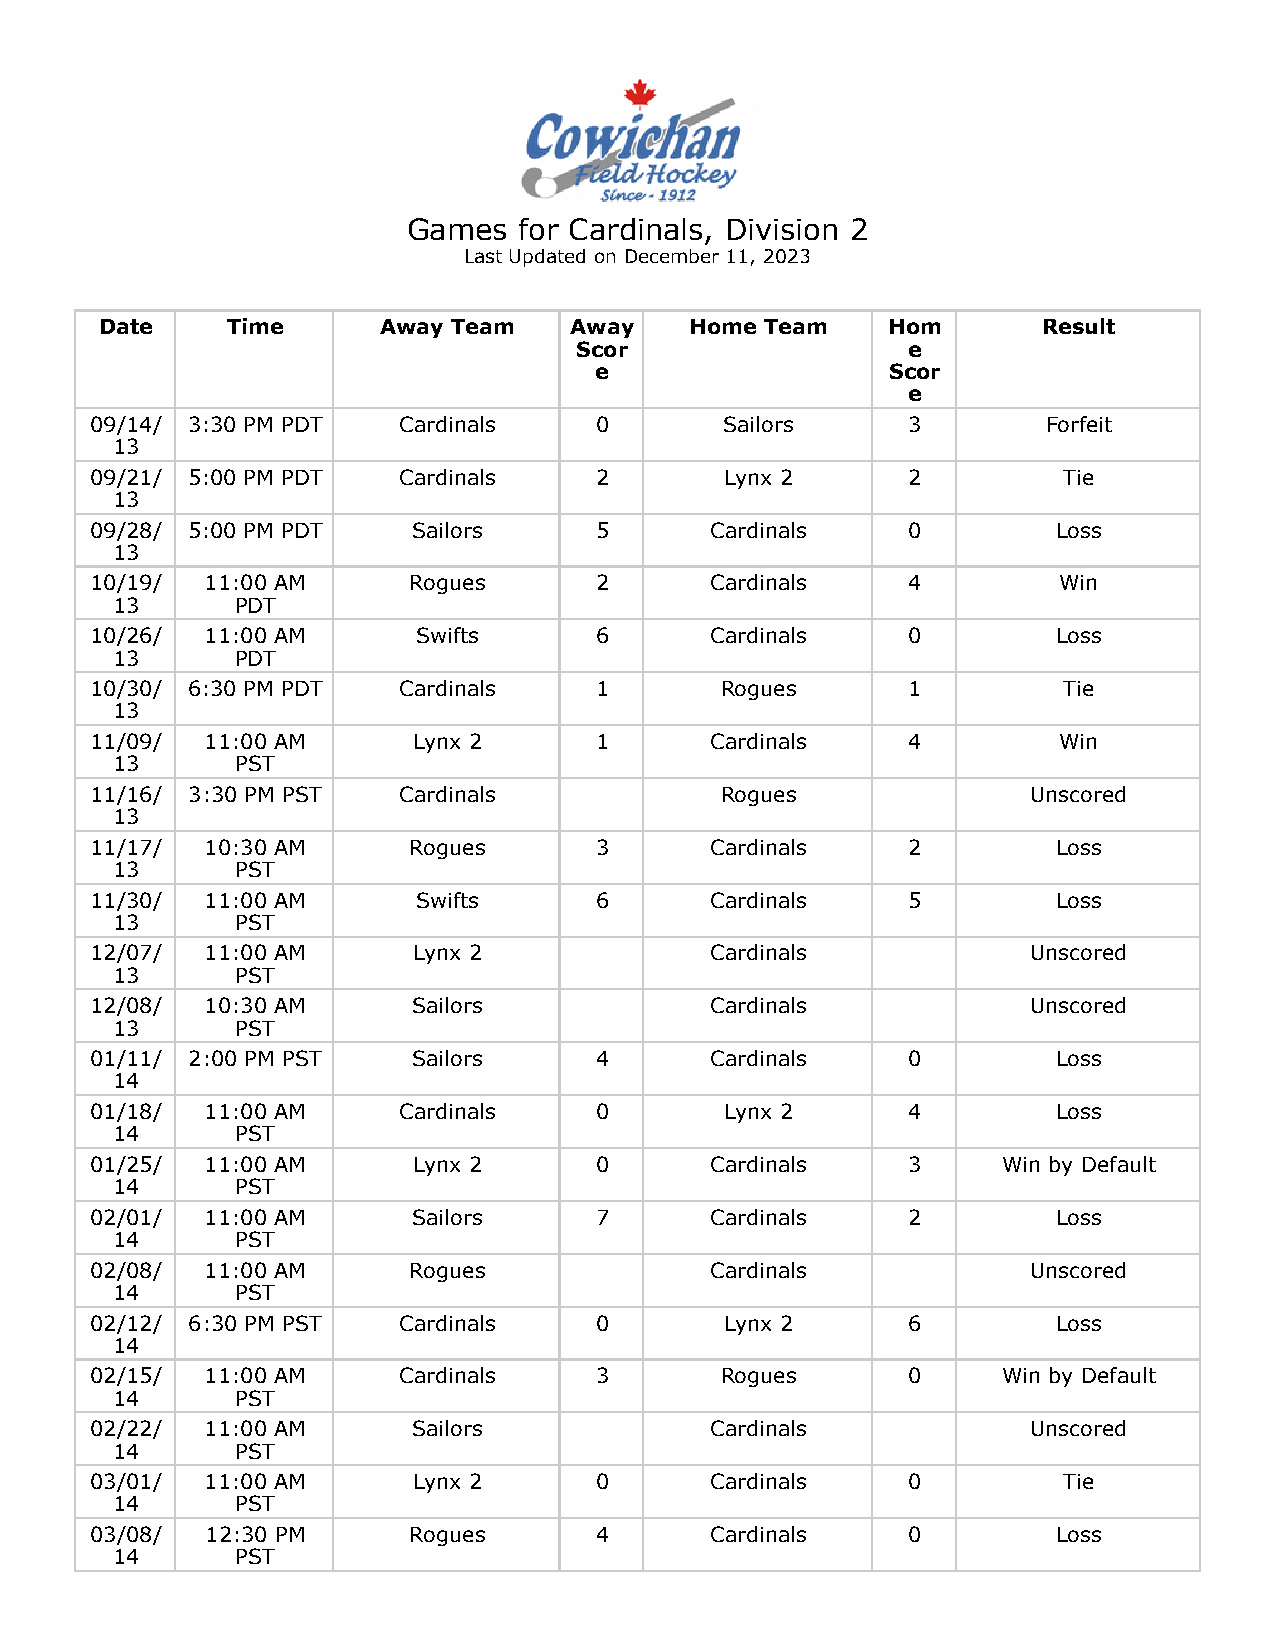
Games  for Cardinals, Division 2
 Last Updated on December 11, 2023
 Date    Time      Away Team    Away    Home Team    Hom       Result
 Scor                  e
 e                   Scor
 e
 09/14/ 3:30 PM PDT  Cardinals    0        Sailors     3        Forfeit
 13
 09/21/ 5:00 PM PDT  Cardinals    2        Lynx 2      2         Tie
 13
 09/28/ 5:00 PM PDT   Sailors     5       Cardinals    0         Loss
 13
 10/19/  11:00 AM     Rogues      2       Cardinals    4         Win
 13       PDT
 10/26/  11:00 AM      Swifts     6       Cardinals    0         Loss
 13       PDT
 10/30/ 6:30 PM PDT  Cardinals    1        Rogues      1         Tie
 13
 11/09/  11:00 AM     Lynx 2      1       Cardinals    4         Win
 13       PST
 11/16/ 3:30 PM PST  Cardinals             Rogues              Unscored
 13
 11/17/  10:30 AM     Rogues      3       Cardinals    2         Loss
 13       PST
 11/30/  11:00 AM      Swifts     6       Cardinals    5         Loss
 13       PST
 12/07/  11:00 AM     Lynx 2              Cardinals            Unscored
 13       PST
 12/08/  10:30 AM     Sailors             Cardinals            Unscored
 13       PST
 01/11/ 2:00 PM PST   Sailors     4       Cardinals    0         Loss
 14
 01/18/  11:00 AM    Cardinals    0        Lynx 2      4         Loss
 14       PST
 01/25/  11:00 AM     Lynx 2      0       Cardinals    3     Win by Default
 14       PST
 02/01/  11:00 AM     Sailors     7       Cardinals    2         Loss
 14       PST
 02/08/  11:00 AM     Rogues              Cardinals            Unscored
 14       PST
 02/12/ 6:30 PM PST  Cardinals    0        Lynx 2      6         Loss
 14
 02/15/  11:00 AM    Cardinals    3        Rogues      0     Win by Default
 14       PST
 02/22/  11:00 AM     Sailors             Cardinals            Unscored
 14       PST
 03/01/  11:00 AM     Lynx 2      0       Cardinals    0         Tie
 14       PST
 03/08/  12:30 PM     Rogues      4       Cardinals    0         Loss
 14       PST